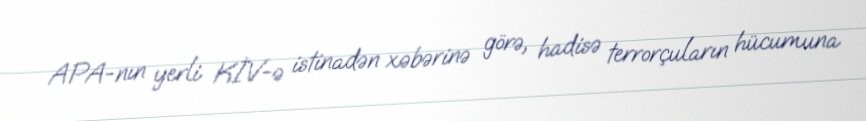
APA-nın yerli KİV-ə istinadən xəbərinə görə, hadisə terrorçuların hücumuna